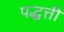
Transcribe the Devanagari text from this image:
पद्धत्ती